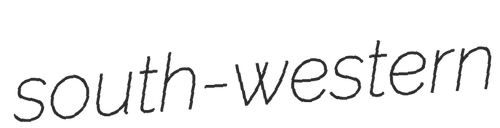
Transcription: south-western